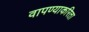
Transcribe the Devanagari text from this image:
वापण्‍याकरिता